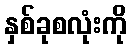
နှစ်ခုစလုံးကို